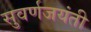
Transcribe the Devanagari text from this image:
सुवर्णजयंती